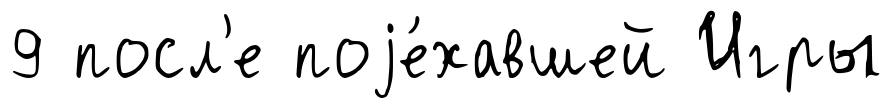
9 посл'е поjе́хавшей Игры